Report of the King Institute of Preventive Medicine, Guindy
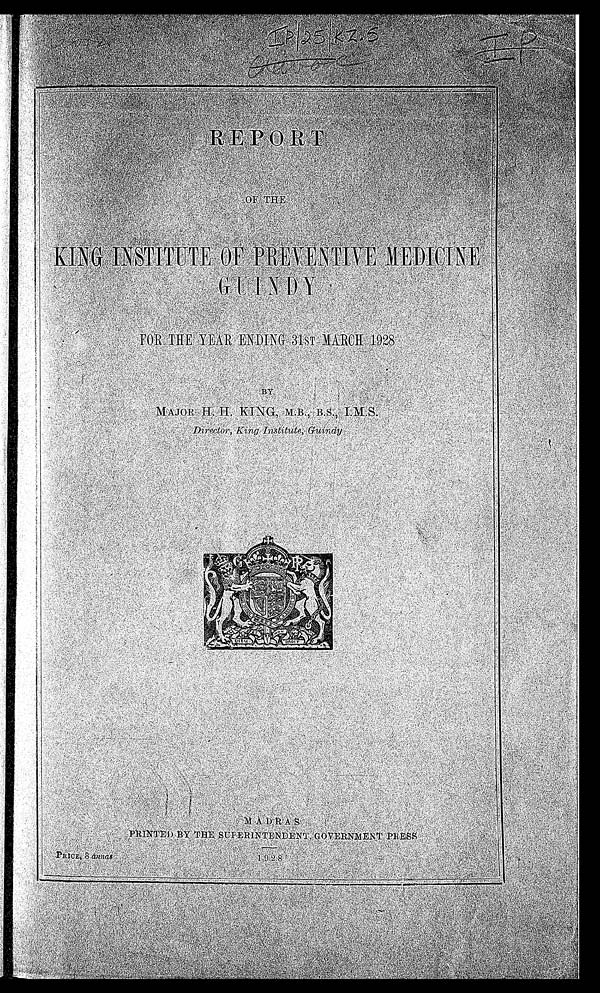
P RI CE , 8 a n n a s
1928
I p/ 25/KZ.5
Advoc
IP
R E P O R T
O F T H E
KING INSTITUTE OF PREVENTIVE MEDICINE
GUINDY
FOR THE YEAR ENDING 31ST MARCH 1928
BY MAJOR H. H. KING, M.B., B.S., I.M.S.
Director, King Institute, Guindy